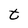
Character: t